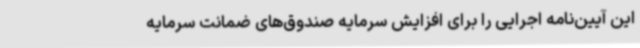
این آیین‌نامه اجرایی را برای افزایش سرمایه صندوق‌های ضمانت سرمایه